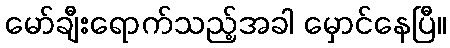
မော်ချီးရောက်သည့်အခါ မှောင်နေပြီ။